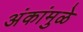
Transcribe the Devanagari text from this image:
अंकांमुळे